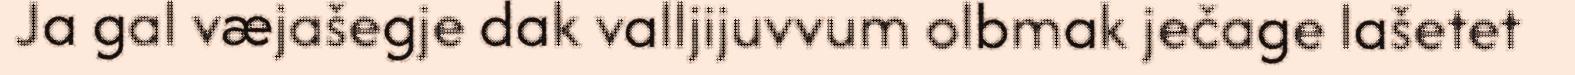
Ja gal væjašegje dak valljijuvvum olbmak ječage lašetet